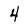
Character: 4